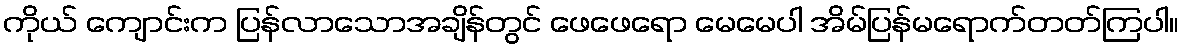
ကိုယ် ကျောင်းက ပြန်လာသောအချိန်တွင် ဖေဖေရော မေမေပါ အိမ်ပြန်မရောက်တတ်ကြပါ။